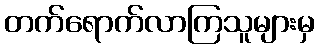
တက်ရောက်လာကြသူများမှ